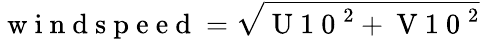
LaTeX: \mathrm{~w~i~n~d~s~p~e~e~d~}=\sqrt{\mathrm{~U~1~0~}^{2}+\mathrm{~V~1~0~}^{2}}